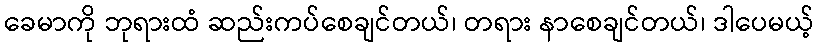
ခေမာကို ဘုရားထံ ဆည်းကပ်စေချင်တယ်၊ တရား နာစေချင်တယ်၊ ဒါပေမယ့်